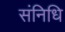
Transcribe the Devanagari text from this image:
संनिधि